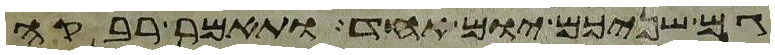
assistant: גם שניכם יום אחד ותאמר רבקה